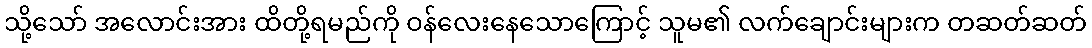
သို့သော် အလောင်းအား ထိတို့ရမည်ကို ဝန်လေးနေသောကြောင့် သူမ၏ လက်ချောင်းများက တဆတ်ဆတ်